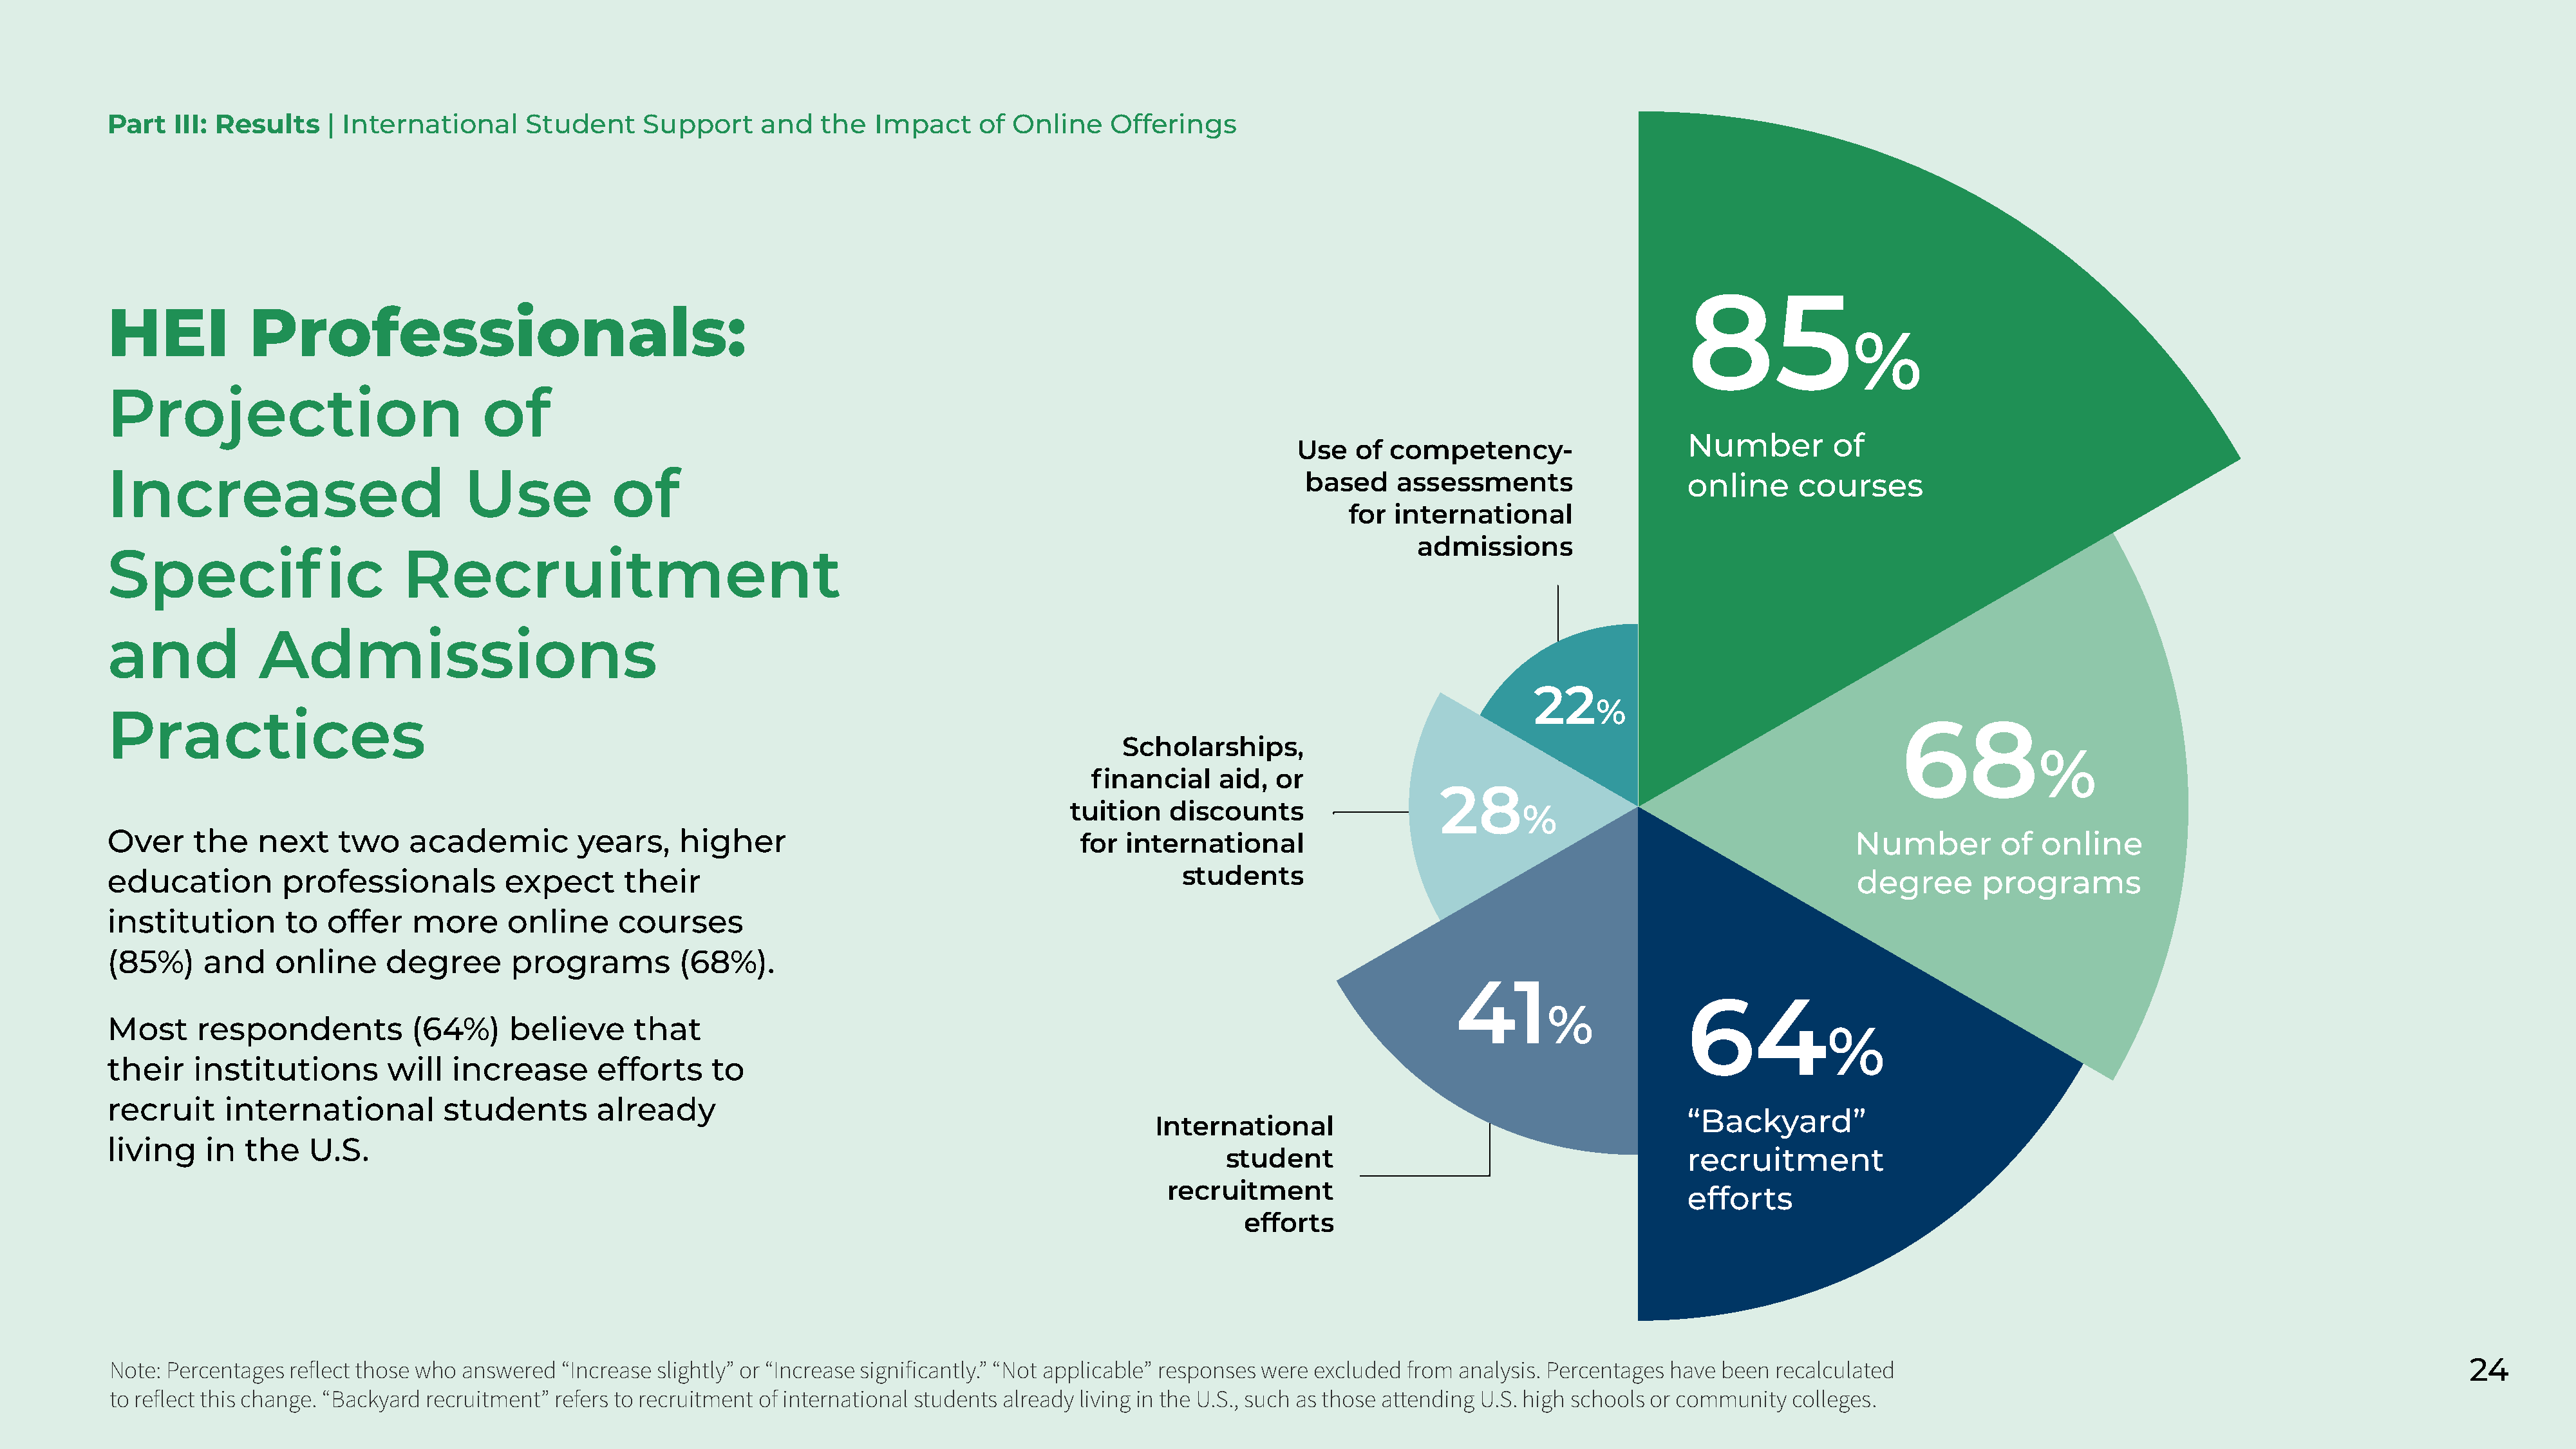
Part   III: Results    | International     Student     Support     and   the   Impact     of Online    Offerings
 85
 HEI            Professionals:
 %
 Projection                             of
 Number         of
 Use   of  competency-
 Increased                            Use            of
 based     assessments                  online      courses
 for international
 admissions
 Specific                      Recruitment
 and             Admissions
 22
 %
 Practices
 68
 Scholarships,
 %
 financial    aid,  or
 28
 tuition   discounts                            %
 Over     the   next     two    academic         years,     higher                                   for  international                                                              Number         of  online
 education         professionals          expect      their                                                     students                                                             degree       programs
 institution       to   offer   more      online      courses
 (85%)     and    online      degree      programs          (68%).
 41
 64
 %
 Most     respondents           (64%)     believe      that
 %
 their    institutions        will  increase       efforts     to
 recruit     international          students       already
 “Backyard”
 International
 living    in  the    U.S.
 student                                        recruitment
 recruitment
 efforts
 efforts
 Note: Percentages  reflect those who answered  “Increase slightly” or “Increase significantly.” “Not applicable” responses were excluded from analysis. Percentages have been recalculated                                                         24
 to reflect this change. “Backyard recruitment” refers to recruitment of international students already living in the U.S., such as those attending U.S. high schools or community colleges.